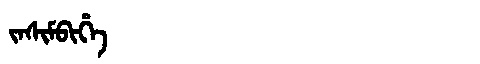
Manchu: ᠵᠠᠰᡳᠮᠪᡳᡥᡝ
Romanization: JASIMBIHE